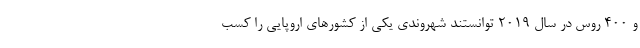
و ۴۰۰ روس در سال ۲۰۱۹ توانستند شهروندی یکی از کشورهای اروپایی را کسب